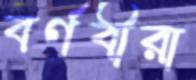
বর্ণবীরা